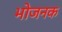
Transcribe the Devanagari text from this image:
भोजनक